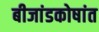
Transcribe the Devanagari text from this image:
बीजांडकोषांत